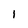
Character: 1